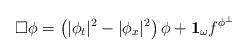
LaTeX: \begin{align*} \Box \phi= \left(|\phi_{t}|^2- |\phi_{x}|^2\right) \phi+ \mathbf{1}_{\omega} f^{\phi^{\perp}}\end{align*}